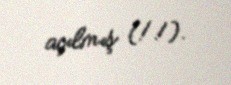
açılmış (!!).